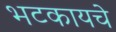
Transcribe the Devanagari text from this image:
भटकायचे